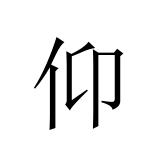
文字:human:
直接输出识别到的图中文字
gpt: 仰